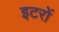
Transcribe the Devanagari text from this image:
इटरों